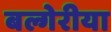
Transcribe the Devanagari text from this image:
बल्गेरीया